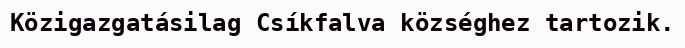
Közigazgatásilag Csíkfalva községhez tartozik.